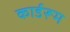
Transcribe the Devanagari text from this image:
कार्डरूम